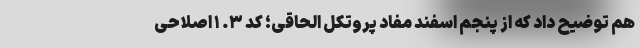
هم توضیح داد که از پنجم اسفند مفاد پروتکل الحاقی؛ کد ۳. ۱ اصلاحی